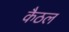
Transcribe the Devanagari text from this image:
कैठल